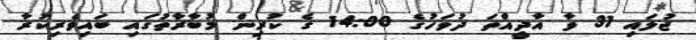
ޖުލައި 31 ވާ އާދީއްތަ ދުވަހުގެ 14:00 ގެ ކުރިން މުބާރާތުގައި ބައިވެރިކުރާ